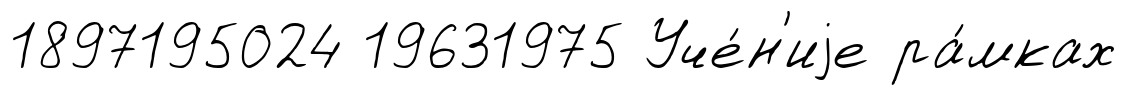
1897195024 19631975 Уче́н'иjе ра́мках